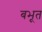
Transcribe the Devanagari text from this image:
बभूत